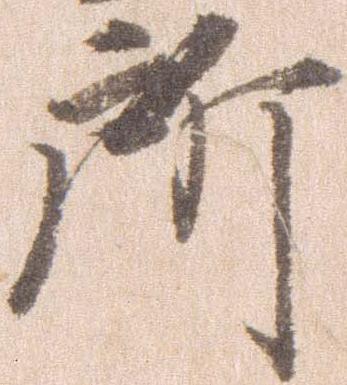
所